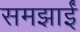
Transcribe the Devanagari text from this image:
समझाईं